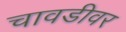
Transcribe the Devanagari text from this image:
चावडीवर